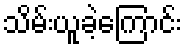
သိမ်းယူခဲ့ကြောင်း